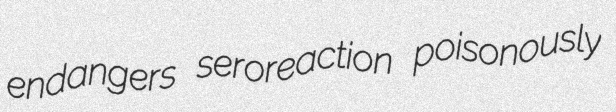
endangers seroreaction poisonously